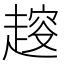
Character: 𧼭